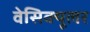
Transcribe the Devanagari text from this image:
वेसिक्यूलर